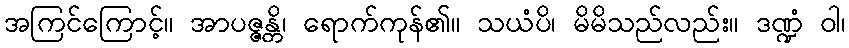
အကြင်ကြောင့်။ အာပဇ္ဇန္တိ၊ ရောက်ကုန်၏။ သယံပိ၊ မိမိသည်လည်း။ ဒဏ္ဍံ ဝါ၊